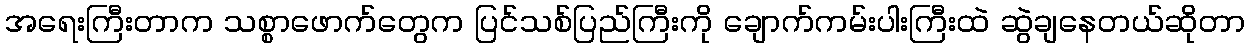
အရေးကြီးတာက သစ္စာဖောက်တွေက ပြင်သစ်ပြည်ကြီးကို ချောက်ကမ်းပါးကြီးထဲ ဆွဲချနေတယ်ဆိုတာ